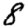
Digit: 8